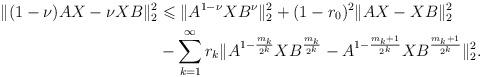
LaTeX: \begin{align*} \|(1-\nu)AX-\nu XB \|_{2}^{2} & \leqslant \| A^{1-\nu}XB^{\nu}\|_{2}^{2}+(1- r_{0})^{2} \|AX-XB\|_{2}^{2}\\& -\sum _{k=1}^{\infty}r_{k} \|A^{1-\frac{m_{k}}{2^{k}}}XB^{\frac{m_{k}}{2^{k}}}- A^{1-\frac{m_{k}+1}{2^{k}}}XB^{\frac{m_{k}+1}{2^{k}}} \|_{2}^{2}.\end{align*}